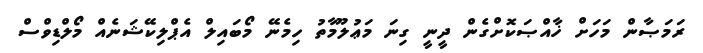
ރަމަޞާން މަހަށް ޚާއްޞަކޮށްގެން ދީނީ ގިނަ މަޢުލޫމާތު ހިމެނޭ މޯބައިލް އެޕްލިކޭޝަނެއް މޯލްޑިވްސް